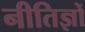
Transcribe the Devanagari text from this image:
नीतिज्ञों